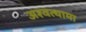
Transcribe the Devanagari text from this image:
अश्‍वत्थामा